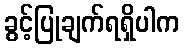
ခွင့်ပြုချက်ရရှိပါက